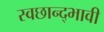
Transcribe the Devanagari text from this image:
स्वछान्द्भावी